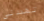
تهددني